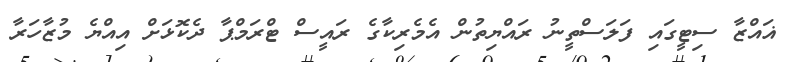
ޣައްޒާ ސިޓީގައި ފަލަސްތީނު ރައްޔިތުން އެމެރިކާގެ ރައީސް ޓްރަމްޕާ ދެކޮޅަށް އިއްޔެ މުޒާހަރާ